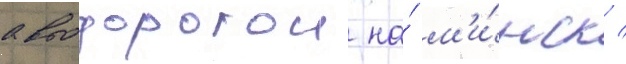
автодорогои на́ м'и́нск /